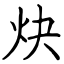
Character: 炔